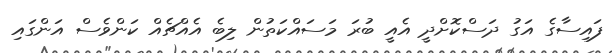
ފައިސާގެ އަގު ދަސްކޮށްދީ އެއީ ބުރަ މަސައްކަތުން ލިބެ އެއްޗެއް ކަންވެސް އަންގައި